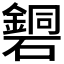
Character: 𥖹